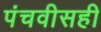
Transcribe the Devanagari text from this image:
पंचवीसही